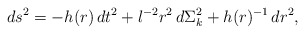
\begin{align*}ds^2=-h(r)\,dt^2+l^{-2} r^2\, d\Sigma_k^2+h(r)^{-1}\,dr^2,\end{align*}